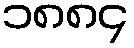
၁၈၈၄